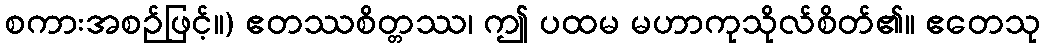
စကားအစဉ်ဖြင့်။) ဧတဿစိတ္တဿ၊ ဤ ပထမ မဟာကုသိုလ်စိတ်၏။ ဧတေသု